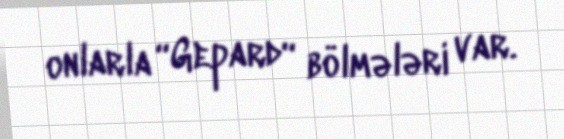
onlarla “Gepard“ bölmələri var.